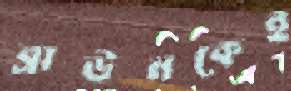
ব্রাউনকেই